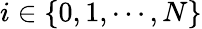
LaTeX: i\in\{ 0,1,\cdots,N\}